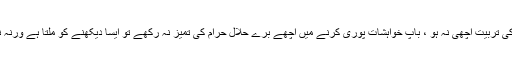
ماں کی تربیت اچھی نہ ہو ، باپ خواہشات پوری کرنے میں اچھے برے حلال حرام کی تمیز نہ رکھے تو ایسا دیکھنے کو ملتا ہے ورنہ نہیں ۔